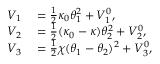
\begin{array} { r l } { V _ { 1 } } & { { } = \frac { 1 } { 2 } \kappa _ { 0 } \theta _ { 1 } ^ { 2 } + V _ { 1 } ^ { 0 } , } \\ { V _ { 2 } } & { { } = \frac { 1 } { 2 } ( \kappa _ { 0 } - \kappa ) \theta _ { 2 } ^ { 2 } + V _ { 2 } ^ { 0 } , } \\ { V _ { 3 } } & { { } = \frac { 1 } { 2 } \chi ( \theta _ { 1 } - \theta _ { 2 } ) ^ { 2 } + V _ { 3 } ^ { 0 } , } \end{array}